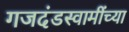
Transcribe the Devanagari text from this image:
गजदंडस्वामींच्या